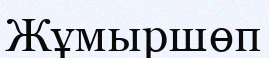
Жұмыршөп